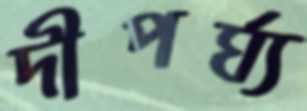
দীপর্ঘ্য